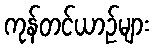
ကုန်တင်ယာဉ်များ